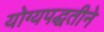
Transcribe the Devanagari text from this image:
योग्यपद्धतीने